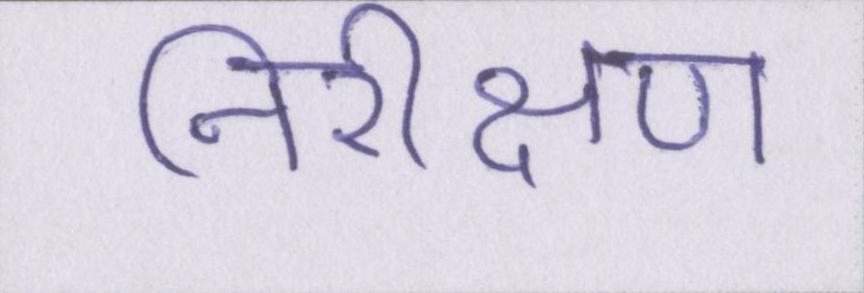
निरीक्षण